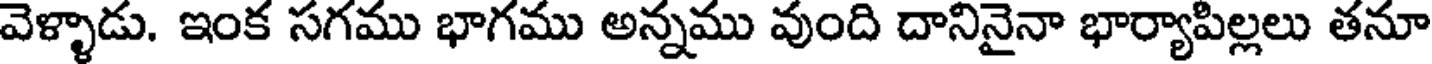
వెళ్ళాడు. ఇంక సగము భాగము అన్నము వుంది దానినైనా భార్యాపిల్లలు తనూ